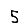
Digit: 5